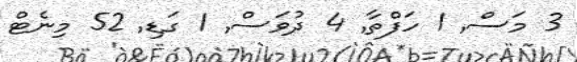
3 މަސް